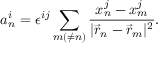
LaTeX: a _ { n } ^ { i } = \epsilon ^ { i j } \sum _ { m ( \neq n ) } \frac { x _ { n } ^ { j } - x _ { m } ^ { j } } { | \vec { r } _ { n } - \vec { r } _ { m } | ^ { 2 } } .